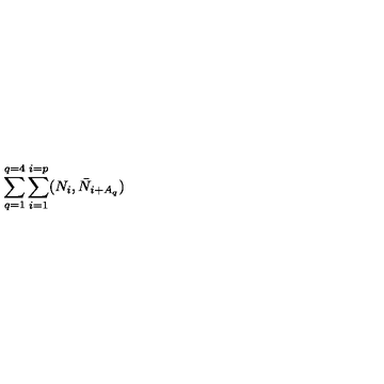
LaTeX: \sum _ { q = 1 } ^ { q = 4 } \sum _ { i = 1 } ^ { i = p } ( N _ { i } , \bar { N } _ { i + A _ { q } } )